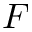
F